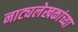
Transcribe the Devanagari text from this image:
नाट्यलेखकांच्या